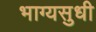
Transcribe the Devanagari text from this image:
भाग्यसुधी